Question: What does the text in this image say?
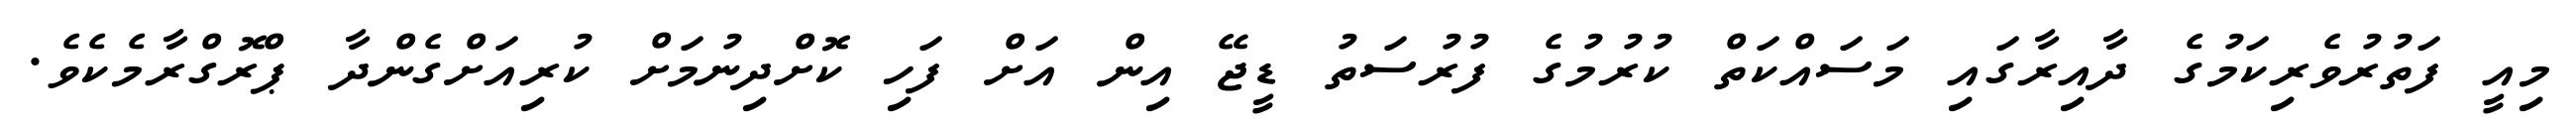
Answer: މިއީ ފަތުރުވެރިކަމުގެ ދާއިރާގައި މަސައްކަތް ކުރުމުގެ ފުރުސަތު ޑީޖޭ އިން އަށް ފަހި ކޮށްދިނުމަށް ކުރިއަށްގެންދާ ޕްރޮގްރާމެކެވެ.